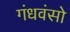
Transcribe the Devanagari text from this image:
गंधवंसो